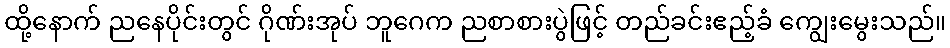
ထို့နောက် ညနေပိုင်းတွင် ဂိုဏ်းအုပ် ဘူဂေက ညစာစားပွဲဖြင့် တည်ခင်းဧည့်ခံ ကျွေးမွေးသည်။